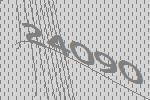
24090